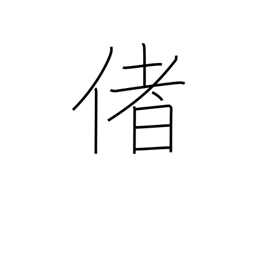
Meaning: well